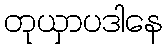
တုယှာပဒါနေ